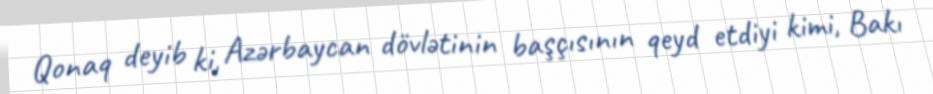
Qonaq deyib ki, Azərbaycan dövlətinin başçısının qeyd etdiyi kimi, Bakı